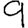
Digit: 9